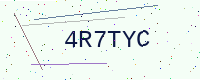
Text: 4R7TYC